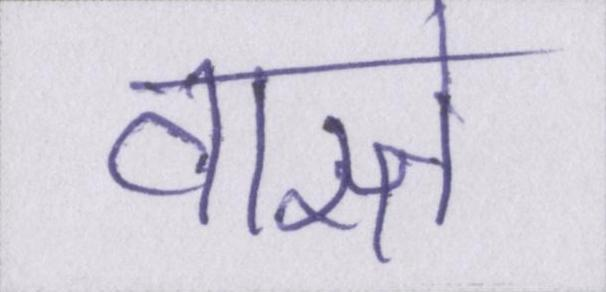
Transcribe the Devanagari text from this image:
वास्ते